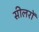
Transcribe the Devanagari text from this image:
सीलरों